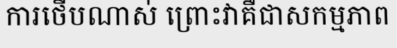
ការថើបណាស់ ព្រោះវាគឺជាសកម្មភាព